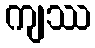
ကျဿ